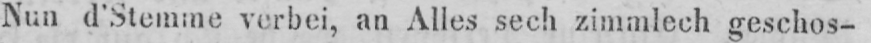
Nun d’Stemme verbei, an Alles sech zimmlech geschos-